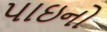
પાઇનો